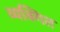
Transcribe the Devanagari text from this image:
व्यक्गित